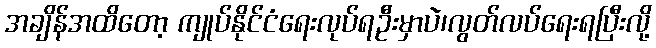
အချိန်အထိတော့ ကျုပ်နိုင်ငံရေးလုပ်ရဦးမှာပဲ၊လွတ်လပ်ရေးရပြီးလို့